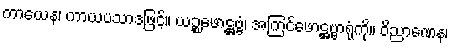
ကာယေန၊ ကာယပသာဒဖြင့်။ ယဉ္စဖောဋ္ဌဗ္ဗံ၊ အကြင်ဖောဋ္ဌဗ္ဗာရုံကို။ ဝိညာဏေန၊